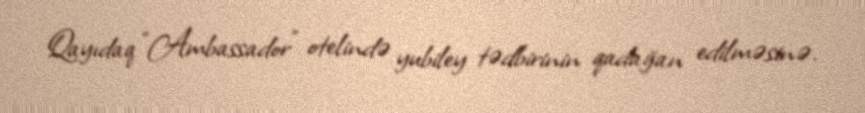
Qayıdaq “Ambassador” otelində yubiley tədbirinin qadağan edilməsinə.